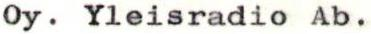
Oy. Yleisradio Ab.